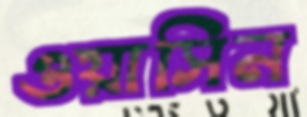
ওয়াসিন